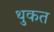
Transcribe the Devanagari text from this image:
थुकत